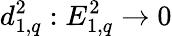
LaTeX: d_{1,q}^{2}:E_{1,q}^{2}\to 0